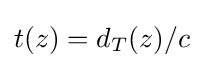
t(z)=d_{T}(z)/c